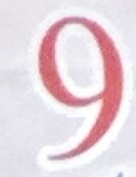
9